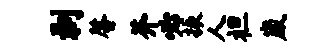
剥馨芥必振人袒崴